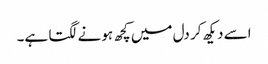
اسے دیکھ کر دل میں کچھ ہونے لگتا ہے۔